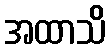
အထာသိ